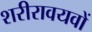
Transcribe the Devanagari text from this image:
शरीरावयवों